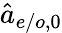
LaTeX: \hat{a}_{e/o,\mathrm{0}}